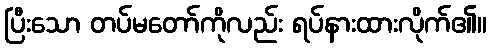
ပြီးသော တပ်မတော်ကိုလည်း ရပ်နားထားလိုက်၏။